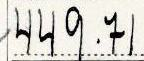
449.71